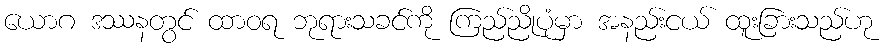
ယောဂ ဒဿနတွင် ထာဝရ ဘုရားသခင်ကို ကြည်ညိုပုံမှာ အနည်းငယ် ထူးခြားသည်ဟု